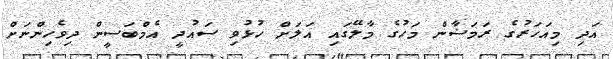
އަދި މިއަހަރުގެ ރަމަޟާން މަހުގެ މާލޭގައި އަލަށް ހުޅުވި ސައުދީ އެމްބަސީން ދިވެހިންނަށް